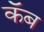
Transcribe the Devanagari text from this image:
कॅब